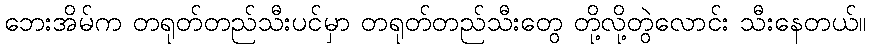
ဘေးအိမ်က တရုတ်တည်သီးပင်မှာ တရုတ်တည်သီးတွေ တို့လို့တွဲလောင်း သီးနေတယ်။